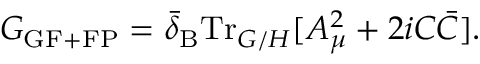
G _ { \mathrm { G F + F P } } = \bar { \delta } _ { \mathrm { B } } \mathrm { T r } _ { G / H } [ A _ { \mu } ^ { 2 } + 2 i C \bar { C } ] .